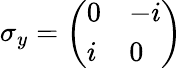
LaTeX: \sigma_{y}={\left(\begin{array}{ll}{0}&{-i}\\ {i}&{0}\end{array}\right)}